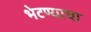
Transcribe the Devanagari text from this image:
भेटण्याचा